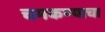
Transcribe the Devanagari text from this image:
चमकण्याचा